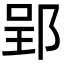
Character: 郢